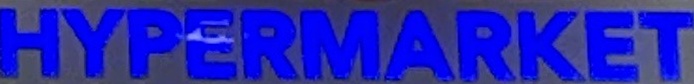
HYPERMARKET